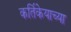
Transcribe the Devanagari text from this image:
कर्तिकेयाच्या